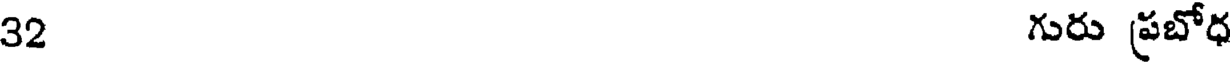
32 గురు ప్రబోధ